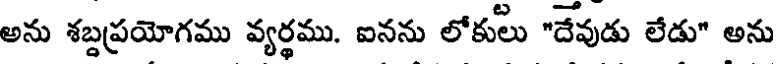
అను శబ్దప్రయోగము వ్యర్థము. ఐనను లోకులు "దేవుడు లేడు" అను